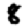
Digit: 8